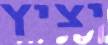
יציץ